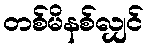
တစ်မိနစ်လျှင်